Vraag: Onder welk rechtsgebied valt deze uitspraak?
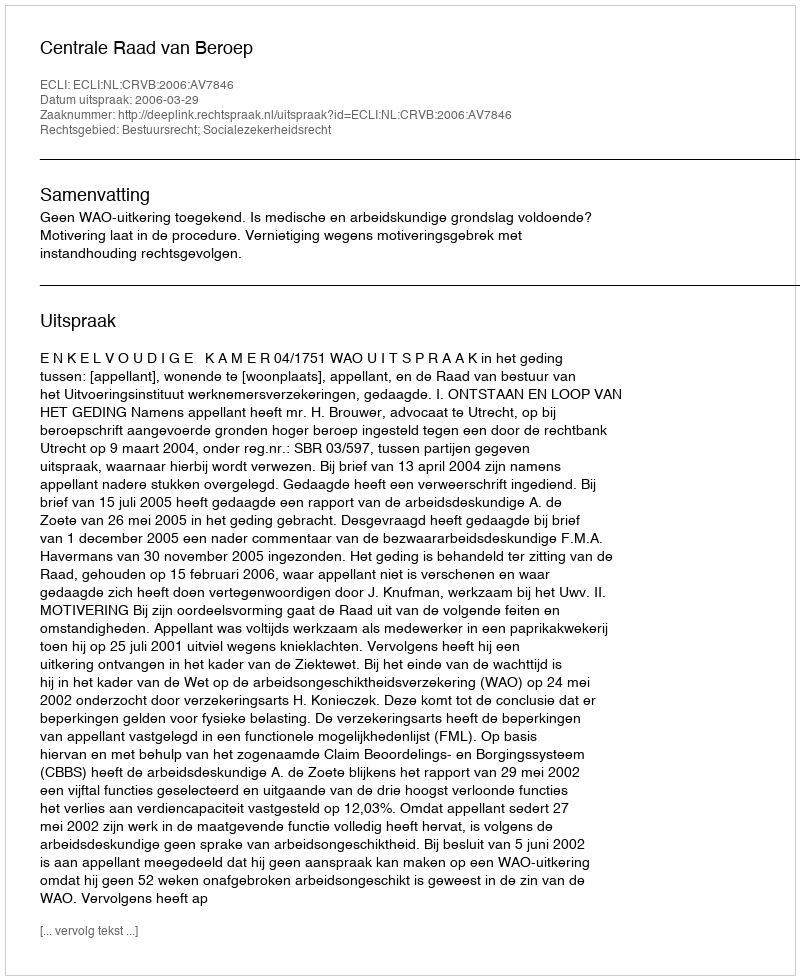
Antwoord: Bestuursrecht; Socialezekerheidsrecht